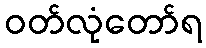
ဝတ်လုံတော်ရ